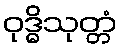
ဝုဒ္ဓိသုတ္တံ